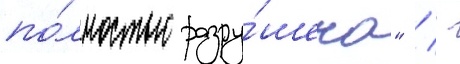
по́лностью разру́шена" / -